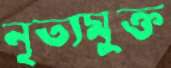
নৃত্যমুক্ত